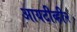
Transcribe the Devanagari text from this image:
आयटीव्ही२